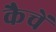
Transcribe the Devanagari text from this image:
कैचें